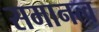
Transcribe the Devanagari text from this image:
समानत्व